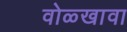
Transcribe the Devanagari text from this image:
वोळ्खावा